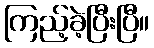
ကြည့်ခဲ့ပြီးပြီ။